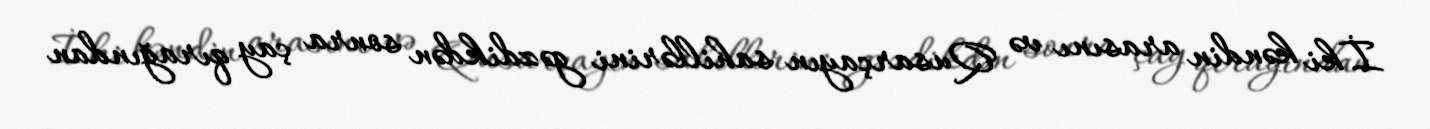
İki kəndin arasını və Qusarçayın sahillərini gəzdikdən sonra çay qırağından